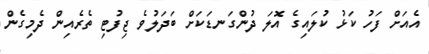
އެއަށް ފަހު ކަޅު ކުލައިގެ އޮލަ ދުންގަނޑަކަށް ބަދަލުވެ ޖިފުޓި ތެރެއިން ދެމިގެން